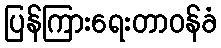
ပြန်ကြားရေးတာဝန်ခံ